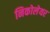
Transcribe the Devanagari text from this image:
निकोलेयर